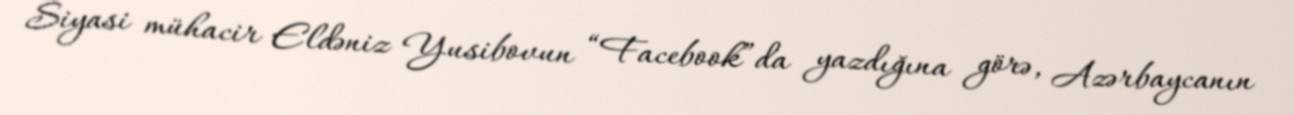
Siyasi mühacir Eldəniz Yusibovun “Facebook”da yazdığına görə, Azərbaycanın